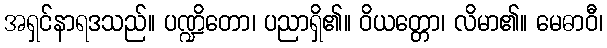
အရှင်နာရဒသည်။ ပဏ္ဍိတော၊ ပညာရှိ၏။ ဝိယတ္တော၊ လိမာ၏။ မေဓာဝီ၊